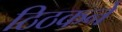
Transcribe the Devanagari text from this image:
ठिठकने